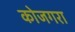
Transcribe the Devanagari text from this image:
कोजगरा